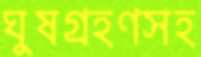
ঘুষগ্রহণসহ